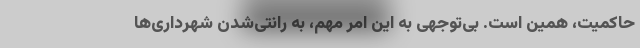
حاکمیت، همین است. بی‌توجهی به این امر مهم، به رانتی‌شدن شهرداری‌ها